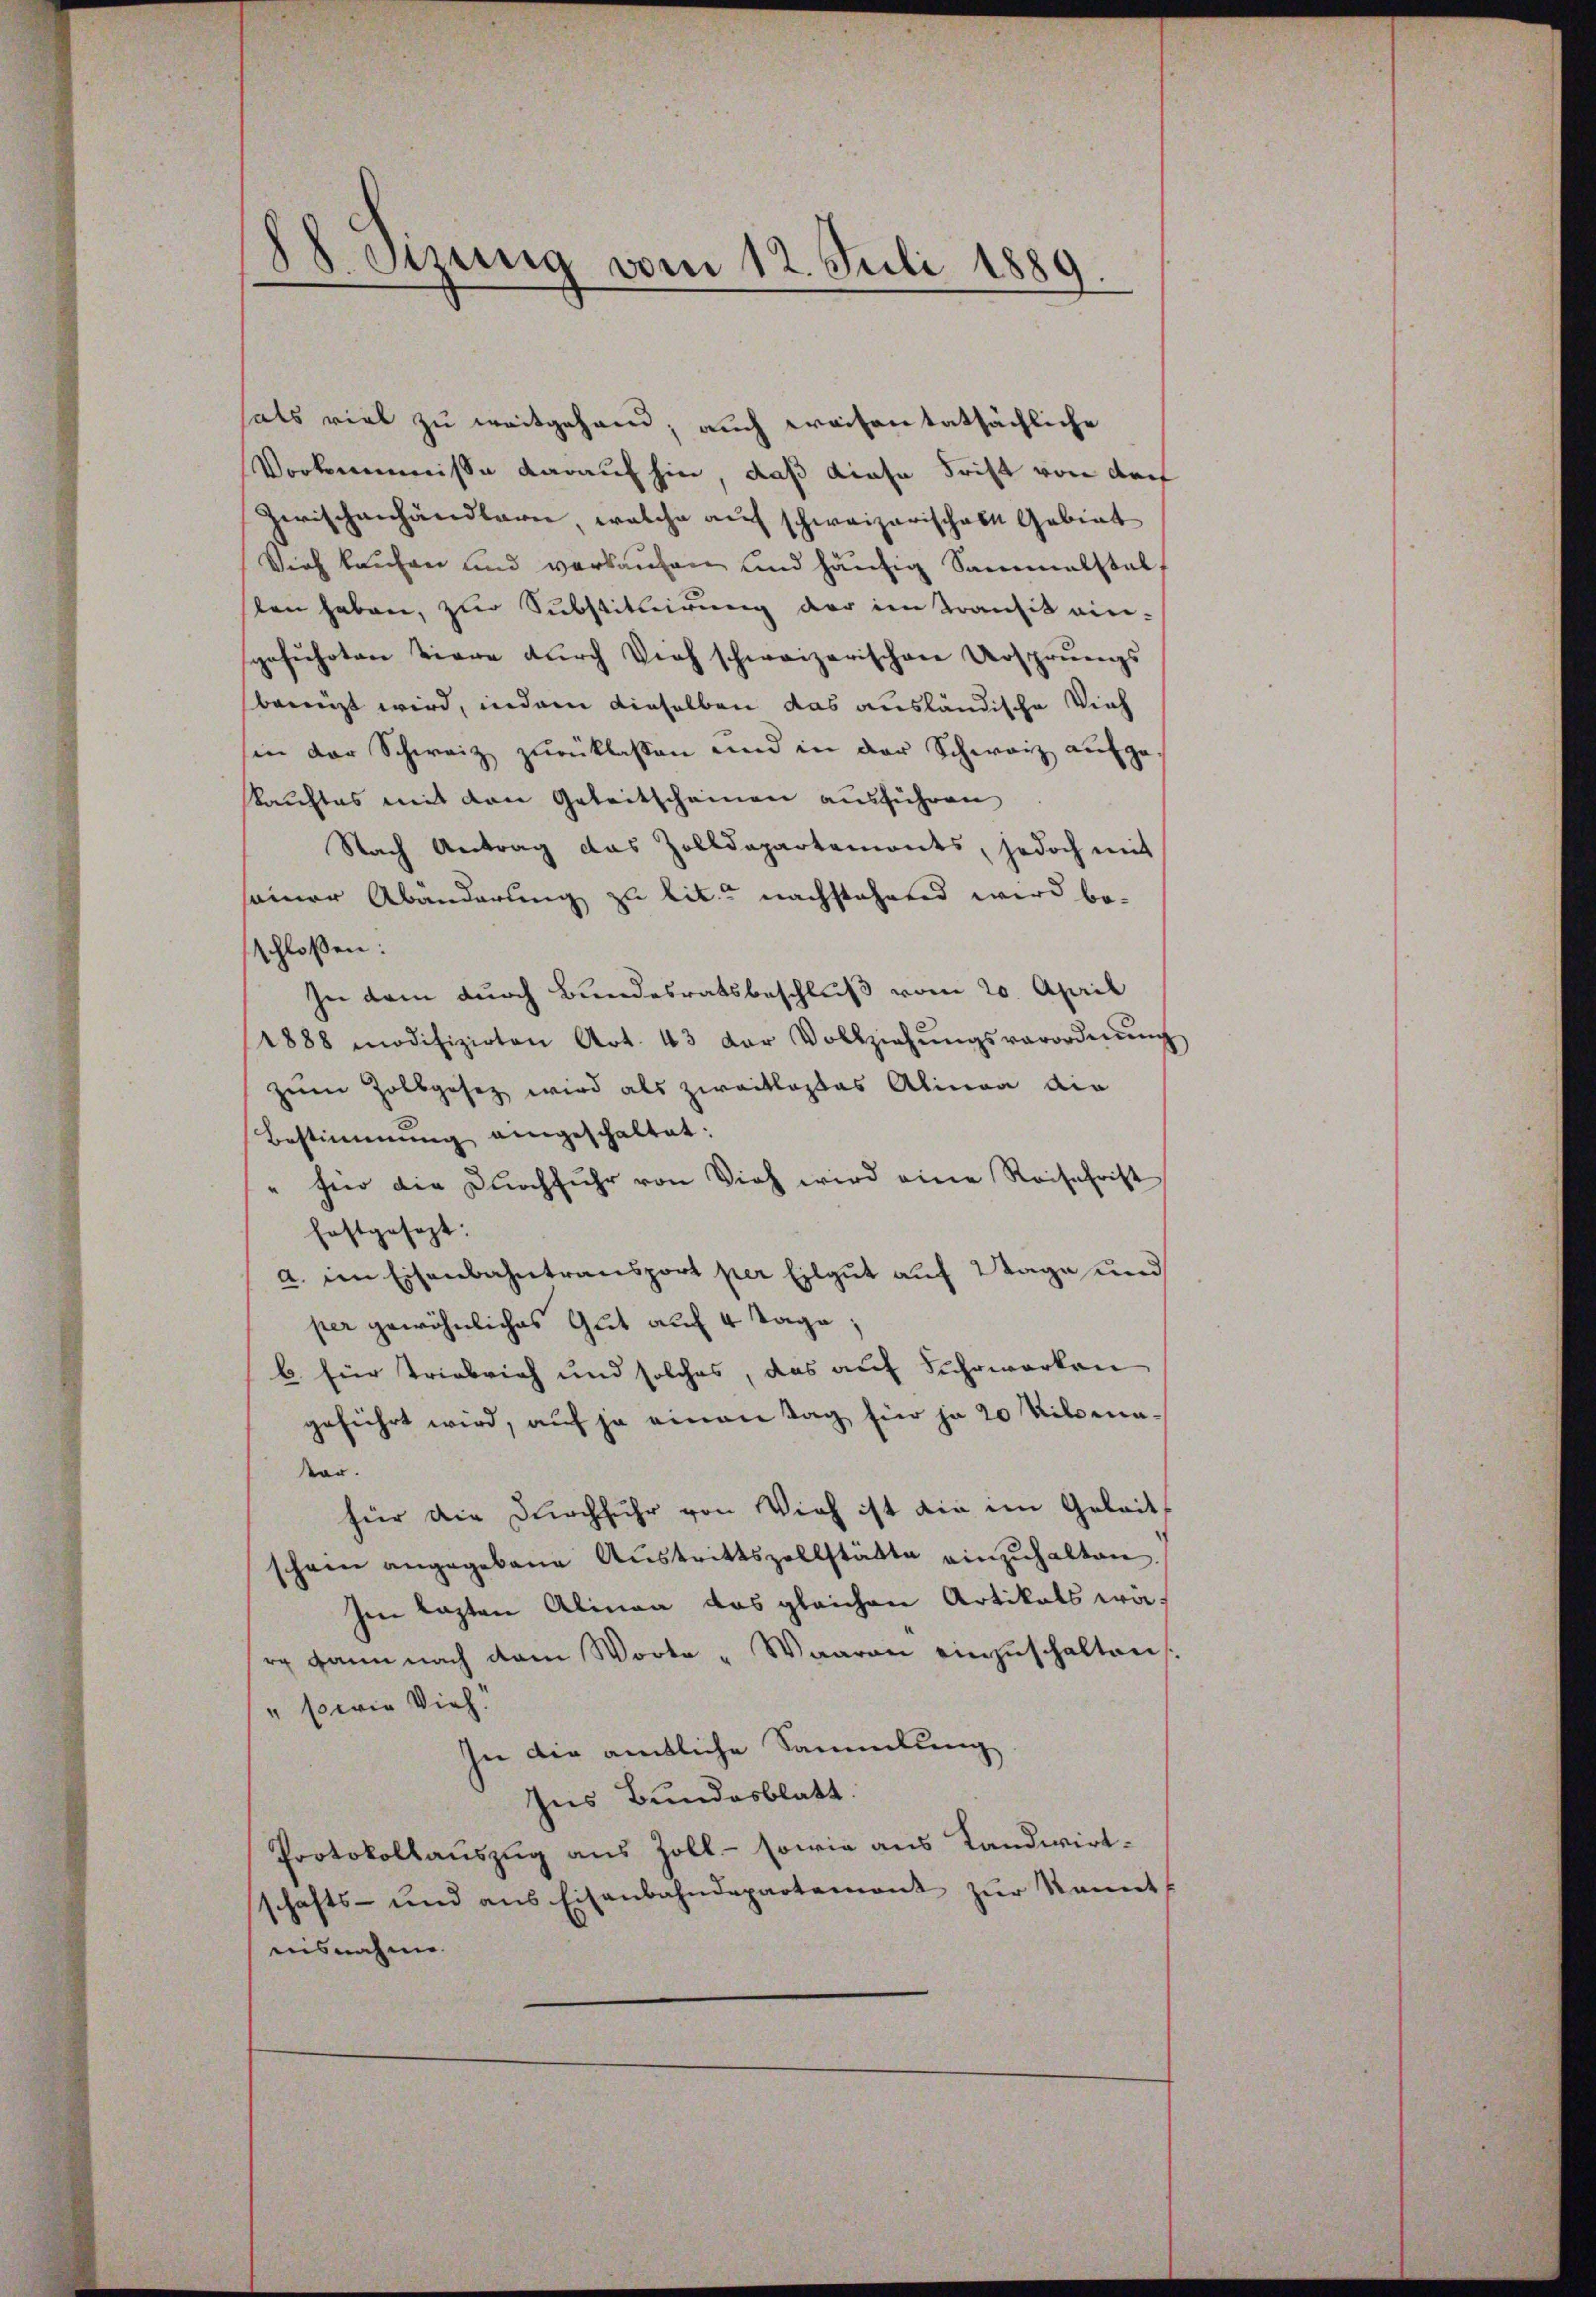
d
88. Sizung vom 12. Juli 1889.

hals viel zu weitgehen; auch weisen tatsächliche
Vorkommnisse darauf hin, daß diese Frist von dre
Zwischenhändlerie, welche auf schweizerisches Gebiet
Vieh kaufen und verkaufen und häufig Sammelstalt
len haben, zur Substituirung der im Transit ein-
sgeführten tiere dŭrch Vieh schweizerischen Ursprungs
banüzt wird, indem dieselben das ausländische Vieh
sin der Schweiz zurücklassen und in der Schweiz aufge-
kauftes mit den Geleitscheinen ausführen
Nach Antrag das Zolldepartemonts, jedoch mit
seiner Abänderung zu lit. nachstehend wird beschlossen:
In dem durch Bundesratsbeschluß vom 20. April
1888 modifizirten Art. 43 der Vollziehŭngsverordnŭng
zum Zolbgesez wird als zweitloses Alinea die
Bestimmung eingeschaltet:
" für die Dŭrchführ von Vieh wird eine Reischrist
hoftgesezt:
a. im Eisenbahntransport per Eilgut auf Stage und
per gewöhnliches Gut auf 4 Tage
b. für Triebrich und solches, das auf Suhrwerken
geführt wird, auf je einen Tag für ja 20 Kilsena¬
Ver.
hier die Durchfuhr von Vieh ist die im Geleits
schon angegebene Aŭstrittszollstätte einzŭhalten.
Im lezten Alinea das gleichen Artikals wärg dann nach dem Worte „Waaren einzŭschalten
" sowie Vieh.
In die amtliche Sammlung
Ins Bundesblatt.
Protokollauszug aus Zoll - sowie aus Landwirtschafts- und ans Eisenbahndepartement zur kannt
nisnahme.